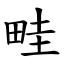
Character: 畦